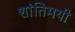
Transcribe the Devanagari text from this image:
शांतिमयी